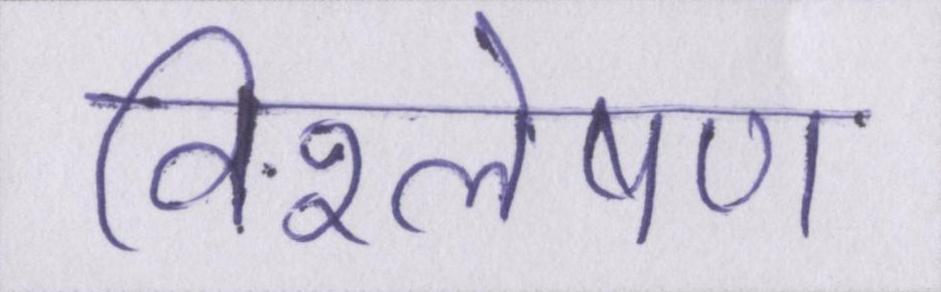
विश्लेषण